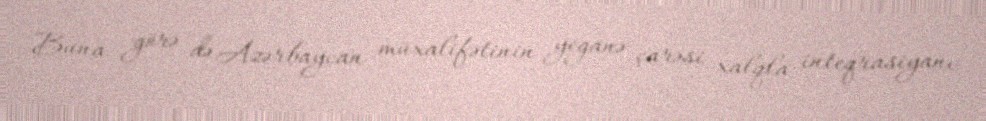
Buna görə də Azərbaycan müxalifətinin yeganə çarəsi xalqla inteqrasiyanı